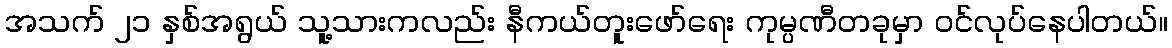
အသက် ၂၁ နှစ်အရွယ် သူ့သားကလည်း နီကယ်တူးဖော်ရေး ကုမ္ပဏီတခုမှာ ဝင်လုပ်နေပါတယ်။